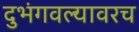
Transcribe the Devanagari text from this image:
दुभंगवल्यावरच